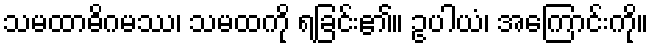
သမထာဓိဂမဿ၊ သမထကို ရခြင်း၏။ ဥပါယံ၊ အကြောင်းကို။